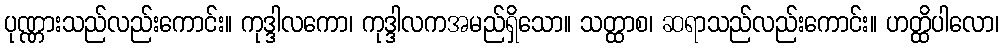
ပုဏ္ဏားသည်လည်းကောင်း။ ကုဒ္ဒါလကော၊ ကုဒ္ဒါလကအမည်ရှိသော။ သတ္ထာစ၊ ဆရာသည်လည်းကောင်း။ ဟတ္ထိပါလော၊